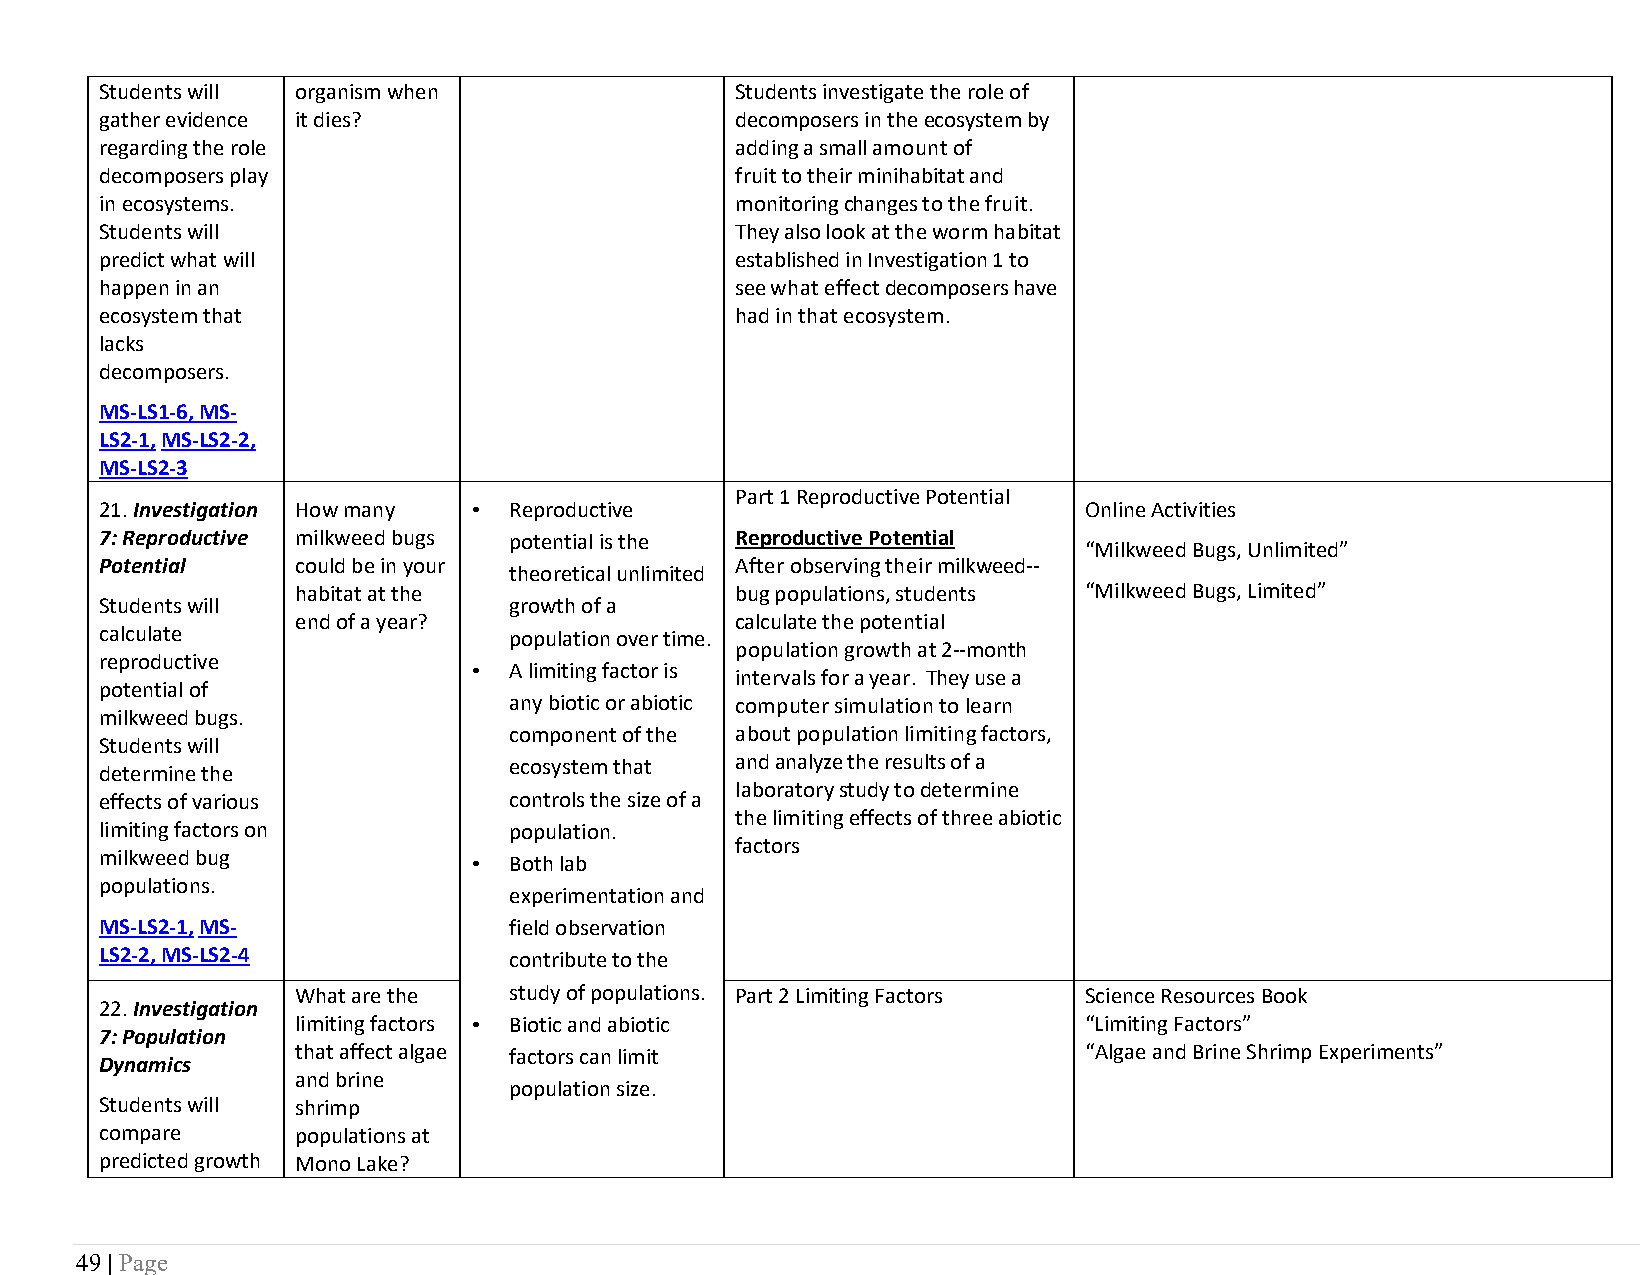
Students will organism when               Students investigate the role of
 gather evidence it dies?                  decomposers in the ecosystem by
 regarding the role                        adding a small amount of
 decomposers play                          fruit to their minihabitat and
 in ecosystems.                            monitoring changes to the fruit.
 Students will                             They also look at the worm habitat
 predict what will                         established in Investigation 1 to
 happen in an                              see what effect decomposers have
 ecosystem that                            had in that ecosystem.
 lacks
 decomposers.
 MS-LS1-6, MS-
 LS2-1, MS-LS2-2,
 MS-LS2-3
 Part 1 Reproductive Potential
 21. Investigation How many • Reproductive                        Online Activities
 7: Reproductive milkweed bugs potential is the Reproductive Potential
 “Milkweed Bugs, Unlimited”
 Potential    could be in your             After observing their milkweed--
 theoretical unlimited
 habitat at the               bug populations, students “Milkweed Bugs, Limited”
 Students will              growth of a
 end of a year?               calculate the potential
 calculate                  population over time.
 population growth at 2--month
 reproductive
 •  A limiting factor is
 intervals for a year. They use a
 potential of
 any biotic or abiotic computer simulation to learn
 milkweed bugs.
 component of the about population limiting factors,
 Students will
 ecosystem that and analyze the results of a
 determine the
 laboratory study to determine
 effects of various         controls the size of a
 the limiting effects of three abiotic
 limiting factors on        population.
 factors
 milkweed bug            •  Both lab
 populations.
 experimentation and
 MS-LS2-1, MS-              field observation
 LS2-2, MS-LS2-4            contribute to the
 What are the  study of populations. Part 2 Limiting Factors Science Resources Book
 22. Investigation
 limiting factors • Biotic and abiotic               “Limiting Factors”
 7: Population
 that affect algae factors can limit                 “Algae and Brine Shrimp Experiments”
 Dynamics
 and brine
 population size.
 Students will shrimp
 compare      populations at
 predicted growth Mono Lake?
 49 | Page